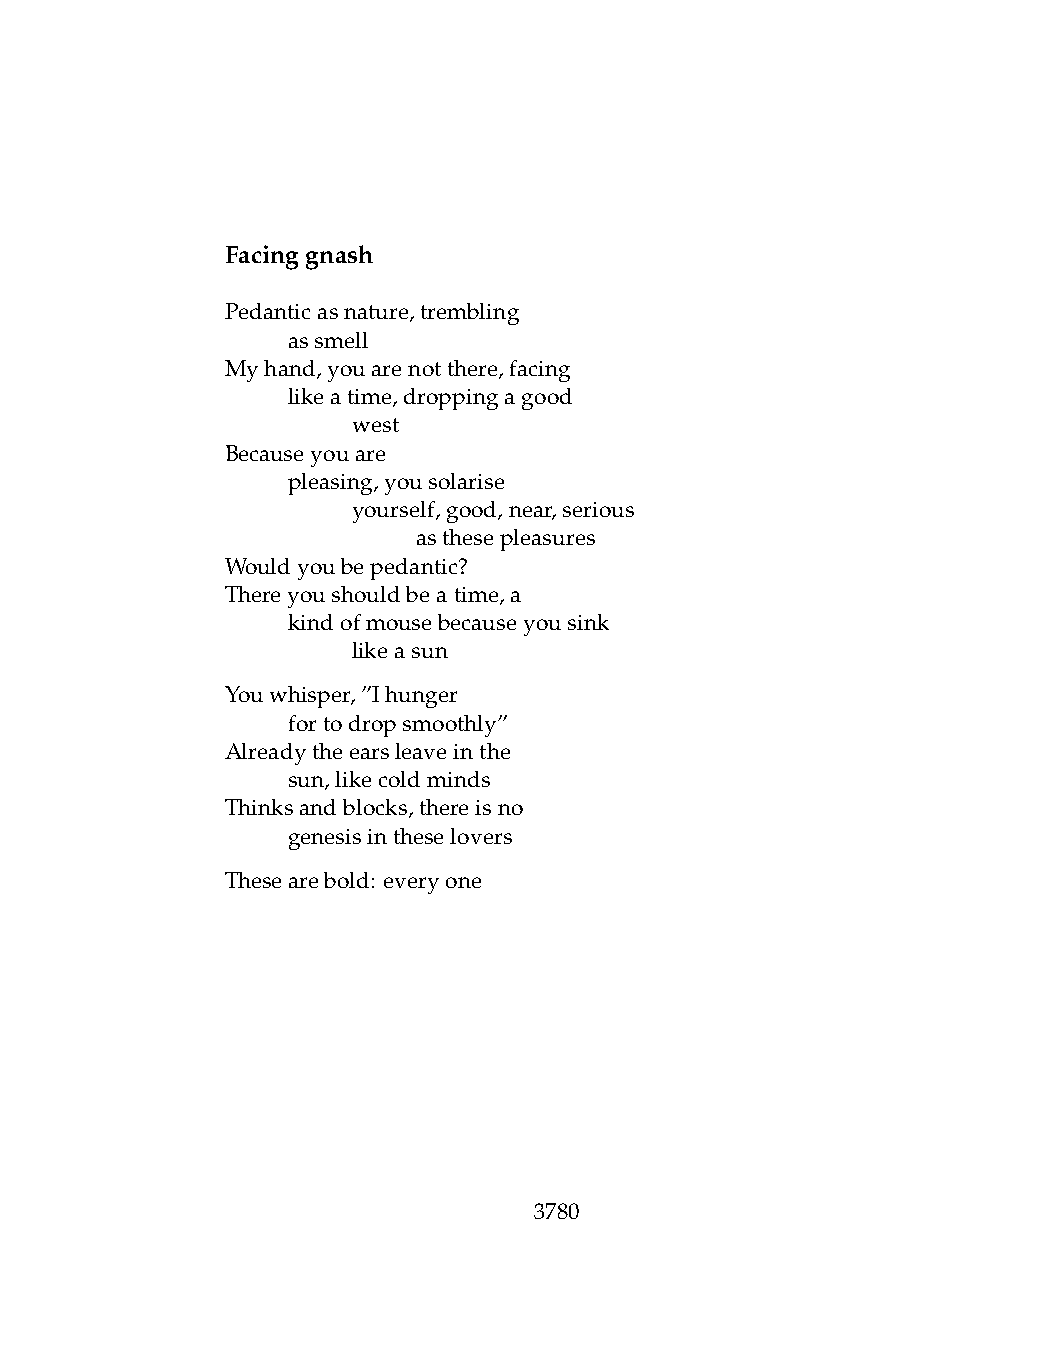
Facinggnash
 Pedanticasnature,trembling
 .   assmell
 Myhand,youarenotthere,facing
 .   likeatime,droppingagood
 .   .   west
 Becauseyouare
 .   pleasing,yousolarise
 .   .   yourself,good,near,serious
 .   .   .    asthesepleasures
 Wouldyoubepedantic?
 Thereyoushouldbeatime,a
 .   kindofmousebecauseyousink
 .   .   likeasun
 Youwhisper,”Ihunger
 .   fortodropsmoothly”
 Alreadytheearsleaveinthe
 .   sun,likecoldminds
 Thinksandblocks,thereisno
 .   genesisintheselovers
 Thesearebold: everyone
 3780